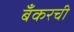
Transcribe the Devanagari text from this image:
बँकरची